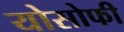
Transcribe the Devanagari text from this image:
योसोफी